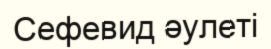
Сефевид әулеті